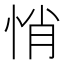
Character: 悄